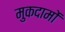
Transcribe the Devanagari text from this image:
मुकदामों